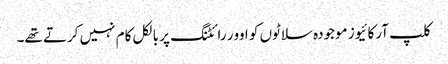
کلپ آرکائیوز موجودہ سلاٹوں کو اوور رائٹنگ پر بالکل کام نہیں کرتے تھے۔